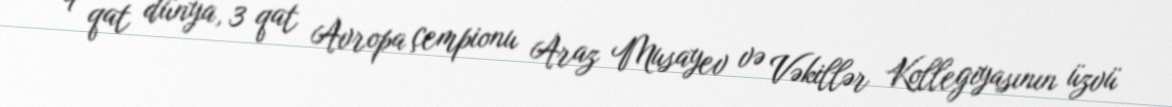
9 qat dünya, 3 qat Avropa çempionu Araz Musayev və Vəkillər Kollegiyasının üzvü